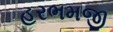
હરભમજી